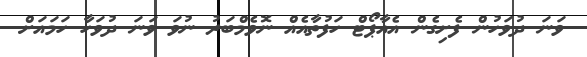
ވަނަ ދުވަހުން ފެށިގެން އެއާޕޯޓް ހަފުތާއެއް ނޮވެމްބަރު ނުވަ ވަނަ ދުވަހާ ހަމައަށް